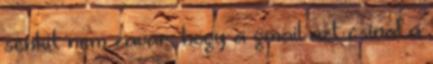
senkit nem zavar, hogy a gmail azt csinal a